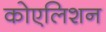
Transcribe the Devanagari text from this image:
कोएलिशन